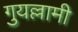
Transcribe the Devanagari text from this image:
गुयल्लामी